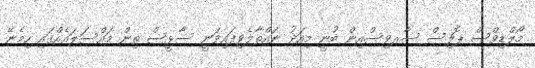
މޯލްޑިވްސް ޕޮލިސް ސާރވިސްއިން ބުނީ މިއަދު ނައްތާލެވިފައިވަނީ ސާޅީސް ތިން މައްސަލައެއްގައި ހިމެނޭ